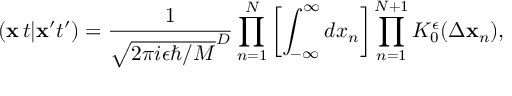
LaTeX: ( { \bf x } \, t \vert { \bf x } ^ { \prime } t ^ { \prime } ) = \frac { 1 } { \sqrt { 2 \pi i \epsilon \hbar / M } ^ { D } } \prod _ { n = 1 } ^ { N } \left[ \int _ { - \infty } ^ { \infty } d x _ { n } \right] \prod _ { n = 1 } ^ { N + 1 } K _ { 0 } ^ { \epsilon } ( \Delta { \bf x } _ { n } ) ,